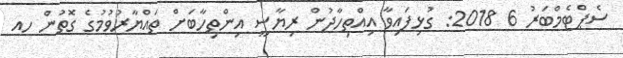
ސެޕްޓެމްބަރު 6 2018: ގުޅިފައިވާ އިއްތިހާދުން ރިޔާސީ އިންތިހާބަށް ތައްޔާރުވުމުގެ ގޮތުން ހއ